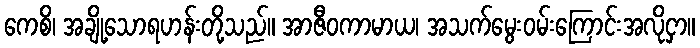
ကေစိ၊ အချို့သောရဟန်းတို့သည်။ အာဇီဝကာမာယ၊ အသက်မွေးဝမ်းကြောင်းအလိုငှာ။